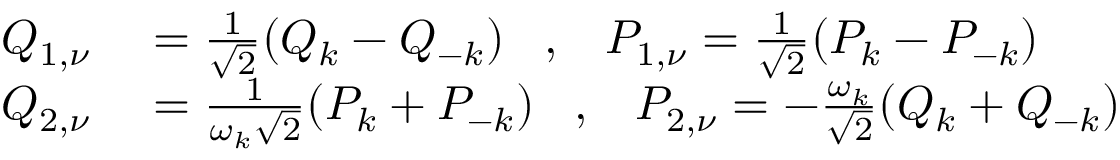
\begin{array} { r l } { Q _ { 1 , \nu } } & { { } = \frac { 1 } { \sqrt { 2 } } ( Q _ { k } - Q _ { - k } ) \; \; \; , \; \; \; P _ { 1 , \nu } = \frac { 1 } { \sqrt { 2 } } ( P _ { k } - P _ { - k } ) } \\ { Q _ { 2 , \nu } } & { { } = \frac { 1 } { \omega _ { k } \sqrt { 2 } } ( P _ { k } + P _ { - k } ) \; \; \; , \; \; \; P _ { 2 , \nu } = - \frac { \omega _ { k } } { \sqrt { 2 } } ( Q _ { k } + Q _ { - k } ) } \end{array}